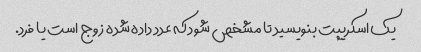
یک اسکریپت بنویسید تا مشخص شود که عدد داده شده زوج است یا فرد.